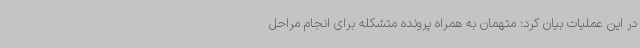
در این عملیات بیان کرد: متهمان به همراه پرونده متشکله برای انجام مراحل